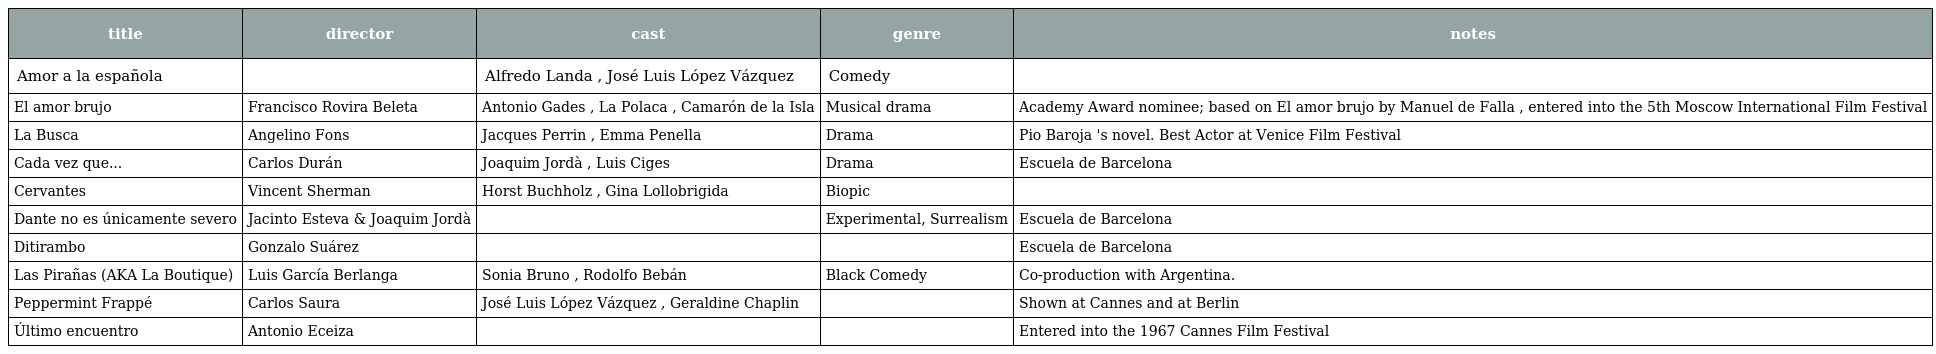
| title | director | cast | genre | notes |
 | --- | --- | --- | --- | --- |
 | Amor a la española |  | Alfredo Landa , José Luis López Vázquez | Comedy |  |
 | El amor brujo | Francisco Rovira Beleta | Antonio Gades , La Polaca , Camarón de la Isla | Musical drama | Academy Award nominee; based on El amor brujo by Manuel de Falla , entered into the 5th Moscow International Film Festival |
 | La Busca | Angelino Fons | Jacques Perrin , Emma Penella | Drama | Pio Baroja 's novel. Best Actor at Venice Film Festival |
 | Cada vez que... | Carlos Durán | Joaquim Jordà , Luis Ciges | Drama | Escuela de Barcelona |
 | Cervantes | Vincent Sherman | Horst Buchholz , Gina Lollobrigida | Biopic |  |
 | Dante no es únicamente severo | Jacinto Esteva & Joaquim Jordà |  | Experimental, Surrealism | Escuela de Barcelona |
 | Ditirambo | Gonzalo Suárez |  |  | Escuela de Barcelona |
 | Las Pirañas (AKA La Boutique) | Luis García Berlanga | Sonia Bruno , Rodolfo Bebán | Black Comedy | Co-production with Argentina. |
 | Peppermint Frappé | Carlos Saura | José Luis López Vázquez , Geraldine Chaplin |  | Shown at Cannes and at Berlin |
 | Último encuentro | Antonio Eceiza |  |  | Entered into the 1967 Cannes Film Festival |